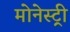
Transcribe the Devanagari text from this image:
मोनेस्‍ट्री